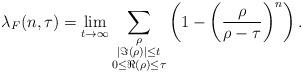
LaTeX: \begin{align*}\lambda_F(n,\tau)=\lim_{t \to \infty}\sum\limits_{\substack{\rho\\ |\Im(\rho)|\le t \\ 0\le \Re(\rho)\le \tau}}\left(1-\left(\frac{\rho}{\rho-\tau}\right)^n \right).\end{align*}